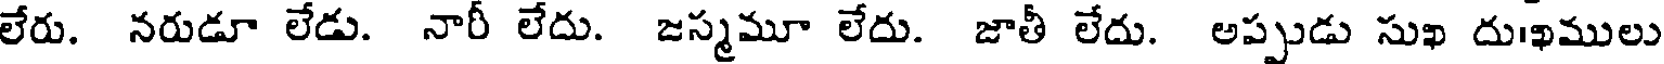
లేరు. నరుడూ లేడు. నారీ లేదు. జస్మమూ లేదు. జాతీ లేదు. అప్పుడు సుఖ దుఖములు